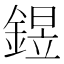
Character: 𨩄